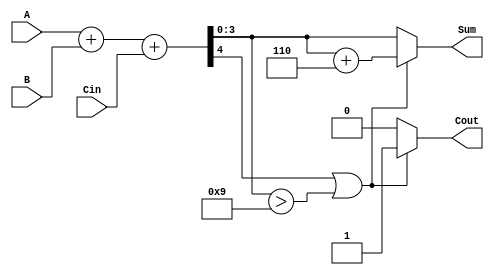
module BCD_Hybrid_Adder (
    input  wire [3:0] A,      // First BCD digit
    input  wire [3:0] B,      // Second BCD digit
    input  wire Cin,          // Carry input
    output reg  [3:0] Sum,    // BCD sum output
    output reg  Cout          // Carry output
);

    wire [4:0] binary_sum;    // 5-bit to accommodate carry
    wire correction_needed;     // Flag for correction

    // Binary addition of A, B, and Cin
    assign binary_sum = A + B + Cin;

    // Check if correction is needed (sum exceeds 9 or carry out)
    assign correction_needed = (binary_sum[4] || (binary_sum[3:0] > 4'b1001));

    always @(*) begin
        if (correction_needed) begin
            // Apply correction by adding 6 (0110)
            Sum = binary_sum[3:0] + 4'b0110;
            Cout = 1;  // Set carry out
        end else begin
            Sum = binary_sum[3:0];
            Cout = 0;  // No carry out
        end
    end

endmodule